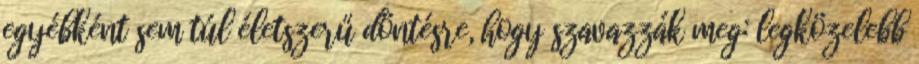
egyébként sem túl életszerű döntésre, hogy szavazzák meg: legközelebb